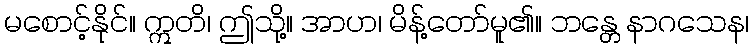
မစောင့်နိုင်။ ဣတိ၊ ဤသို့။ အာဟ၊ မိန့်တော်မူ၏။ ဘန္တေ နာဂသေန၊